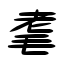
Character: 耄